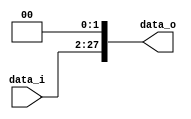
module Shift_Left_Two_Jump(
    data_i,
    data_o
    );


//I/O ports                    
input [25:0] data_i;
output [27:0] data_o;

//shift left 2
assign data_o = data_i << 2;
     
endmodule